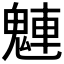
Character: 𩳛